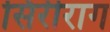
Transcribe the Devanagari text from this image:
सिरीराग